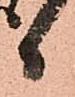
日